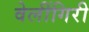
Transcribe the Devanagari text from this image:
वेलींगिरी